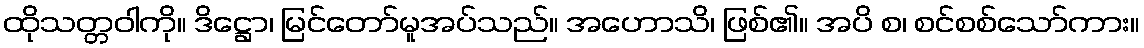
ထိုသတ္တဝါကို။ ဒိဋ္ဌော၊ မြင်တော်မူအပ်သည်။ အဟောသိ၊ ဖြစ်၏။ အပိ စ၊ စင်စစ်သော်ကား။